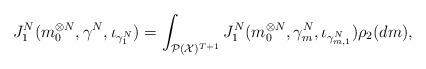
LaTeX: \begin{align*}J_1^N(m_0^{\otimes N}, {\gamma}^N, \iota_{\gamma^N_1} )= \int_{\mathcal{P}(\mathcal{X})^{T+1}} J_1^N(m_0^{\otimes N}, {\gamma}^N_m,\iota_{\gamma_{m,1}^N}) \rho_2 (dm) ,\end{align*}